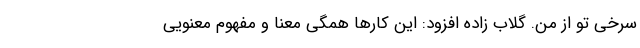
سرخی تو از من. گلاب زاده افزود: این کارها همگی معنا و مفهوم معنویی